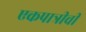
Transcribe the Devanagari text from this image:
एकपात्रीची